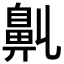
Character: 𪖑